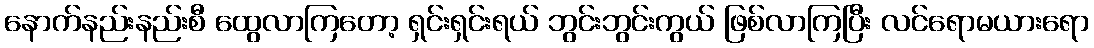
နောက်နည်းနည်းစီ ထွေလာကြတော့ ရှင်းရှင်းရယ် ဘွင်းဘွင်းကွယ် ဖြစ်လာကြပြီး လင်ရောမယားရော